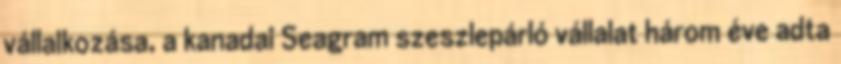
vállalkozása, a kanadai Seagram szeszlepárló vállalat három éve adta